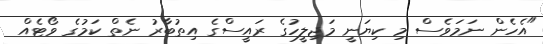
"އެހެން ނަމަވެސް މި ކިޔަނީ މަޖިލީހުގެ ރައީސްގެ އިތުބާރު ނެތް ކަމުގެ ވޯޓެއް